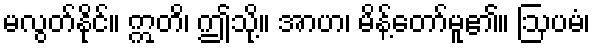
မလွတ်နိုင်။ ဣတိ၊ ဤသို့။ အာဟ၊ မိန့်တော်မူ၏။ ဩပမံ၊